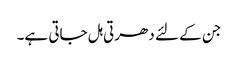
جن کے لئے دھرتی ہل جاتی ہے۔